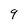
Character: 9